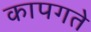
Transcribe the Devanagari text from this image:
कापगते